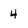
Character: 4